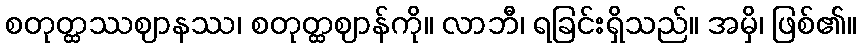
စတုတ္ထဿဈာနဿ၊ စတုတ္ထဈာန်ကို။ လာဘီ၊ ရခြင်းရှိသည်။ အမှိ၊ ဖြစ်၏။